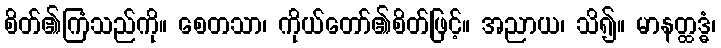
စိတ်၏ကြံသည်ကို။ စေတသာ၊ ကိုယ်တော်၏စိတ်ဖြင့်။ အညာယ၊ သိ၍။ မာနတ္ထဒ္ဓံ၊